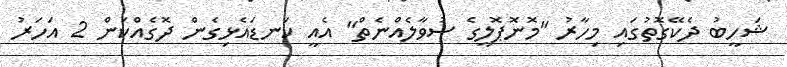
ޝަހީބު ދެކޭގޮތުގައި މިހާރު "މޮނޮޕޮލީގެ ސުވާލެއްނެތް" އެއީ ކަނޑައެޅިގެން ދޮގެއްކަން 2 އަހަރު